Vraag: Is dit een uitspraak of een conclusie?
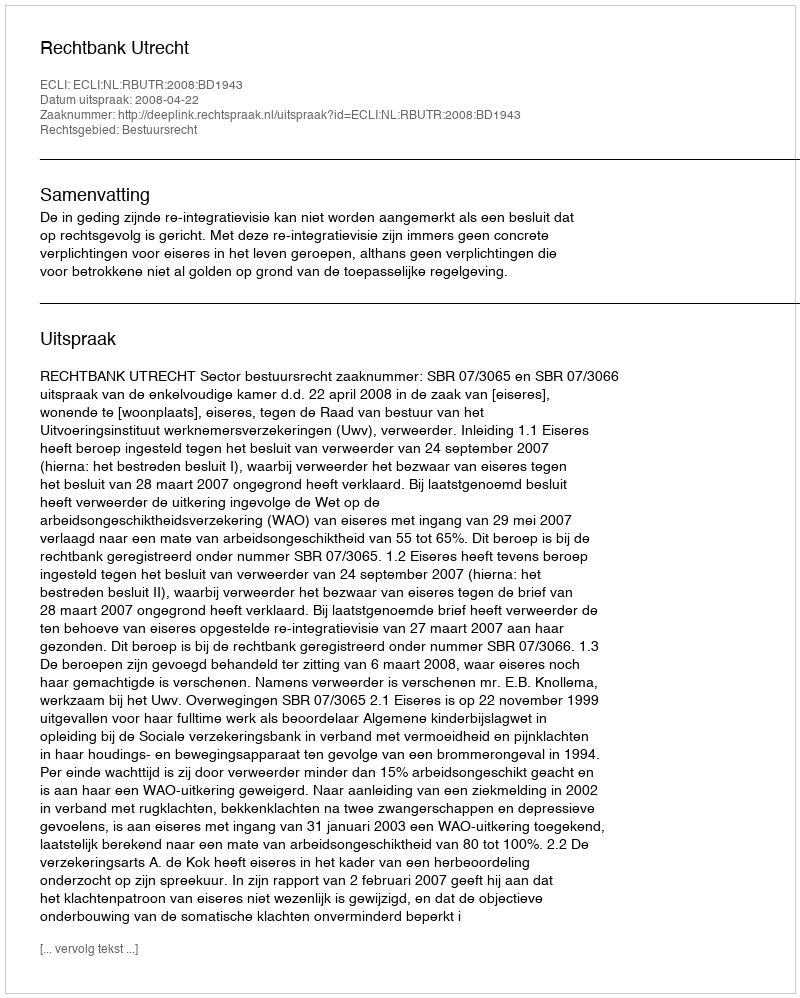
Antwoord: Uitspraak